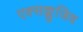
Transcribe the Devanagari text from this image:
एक्सक्लुजिव